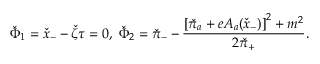
\check { \Phi } _ { 1 } = \check { x } _ { - } - \check { \zeta } \tau = 0 , \; \check { \Phi } _ { 2 } = \check { \pi } _ { - } - \frac { \left[ \check { \pi } _ { a } + e A _ { a } ( \check { x } _ { - } ) \right] ^ { 2 } + m ^ { 2 } } { 2 \check { \pi } _ { + } } .